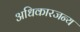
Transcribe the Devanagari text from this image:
अधिकारजन्य